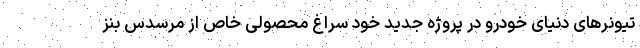
تیونرهای دنیای خودرو در پروژه جدید خود سراغ محصولی خاص از مرسدس بنز